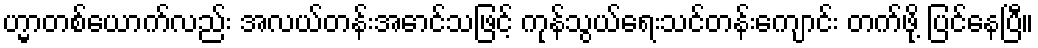
ဟ္မာတစ်ယောက်လည်း အလယ်တန်းအောင်သဖြင့် ကုန်သွယ်ရေးသင်တန်းကျောင်း တက်ဖို့ ပြင်နေပြီ။